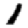
Digit: 1